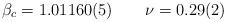
LaTeX: \begin{align*}\beta_c = 1.01160(5)\qquad \nu = 0.29(2)\end{align*}